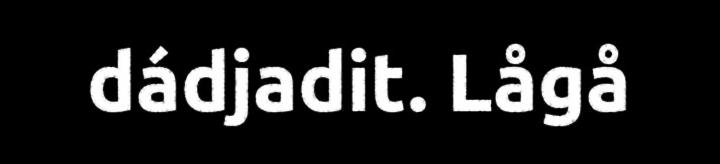
dádjadit. Lågå